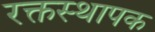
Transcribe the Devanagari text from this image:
रक्तस्थापक